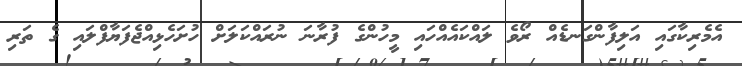
އެމެރިކާގައި އަލިފާންގަނޑެއް ރޯވެ ލައްކައެއްހައި މީހުންގެ ފުރާނަ ނުރައްކަލަށް ހުށަހެޅިއްޖެފަޔާފްލައި ގެ ތަރި